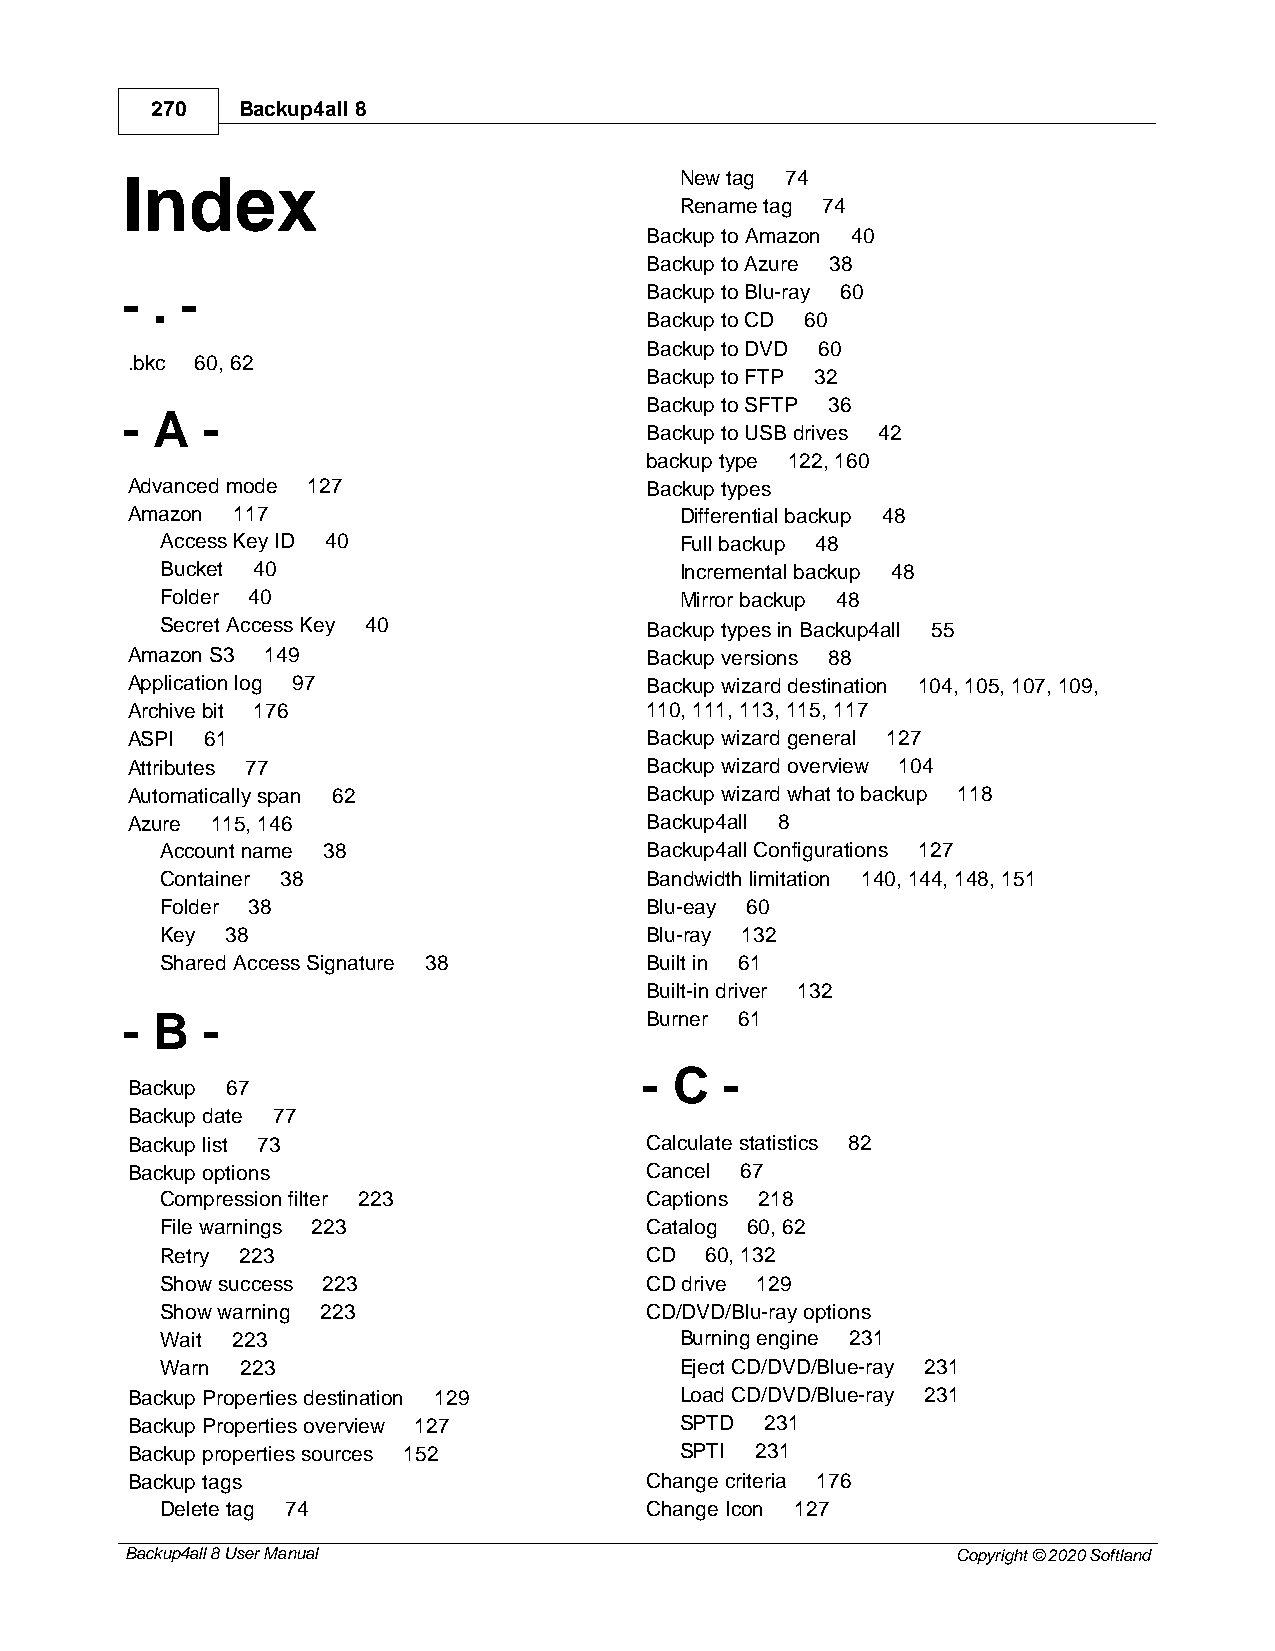
270   Backup4all 8
 Index                                New tag 74
 Rename tag 74
 Backup to Amazon 40
 Backup to Azure 38
 - . -                              Backup to Blu-ray 60
 Backup to CD 60
 Backup to DVD 60
 .bkc 60, 62
 Backup to FTP 32
 Backup to SFTP 36
 - A  -
 Backup to USB drives 42
 backup type 122, 160
 Advanced mode 127                  Backup types
 Amazon 117                           Differential backup 48
 Access Key ID 40                  Full backup 48
 Bucket 40                         Incremental backup 48
 Folder 40                         Mirror backup 48
 Secret Access Key 40            Backup types in Backup4all 55
 Amazon S3 149                      Backup versions 88
 Application log 97                 Backup wizard destination 104, 105, 107, 109,
 Archive bit 176                    110, 111, 113, 115, 117
 ASPI  61                           Backup wizard general 127
 Attributes 77                      Backup wizard overview 104
 Automatically span 62              Backup wizard what to backup 118
 Azure 115, 146                     Backup4all 8
 Account name 38                 Backup4all Configurations 127
 Container 38                    Bandwidth limitation 140, 144, 148, 151
 Folder 38                       Blu-eay 60
 Key 38                          Blu-ray 132
 Shared Access Signature 38      Built in 61
 Built-in driver 132
 - B  -                             Burner 61
 - C  -
 Backup 67
 Backup date 77
 Backup list 73                     Calculate statistics 82
 Backup options                     Cancel 67
 Compression filter 223          Captions 218
 File warnings 223               Catalog 60, 62
 Retry 223                       CD  60, 132
 Show success 223                CD drive 129
 Show warning 223                CD/DVD/Blu-ray options
 Wait 223                          Burning engine 231
 Warn 223                          Eject CD/DVD/Blue-ray 231
 Backup Properties destination 129    Load CD/DVD/Blue-ray 231
 Backup Properties overview 127       SPTD  231
 Backup properties sources 152        SPTI 231
 Backup tags                        Change criteria 176
 Delete tag 74                   Change Icon 127
 Backup4all 8 User Manual                               Copyright © 2020 Softland